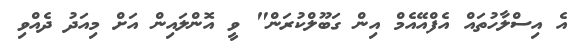
އެ އިސްލާހުތައް އެފްއޭއެމް އިން ގަބޫލްކުރަން" ވީ އޮންލައިން އަށް މިއަދު ދެއްވި